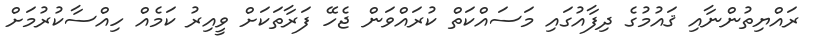
ރައްޔިތުންނާއި ޤައުމުގެ ދިފާއުގައި މަސައްކަތް ކުރައްވަން ޖެހޭ ފަރާތަކަށް ވީއިރު ކަމެއް ހިއްސާކުރުމަށް